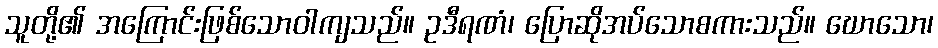
သူတို့၏ အကြောင်းဖြစ်သောဝါကျသည်။ ဥဒီရဏံ၊ ပြောဆိုအပ်သောစကားသည်။ ဃောသော၊